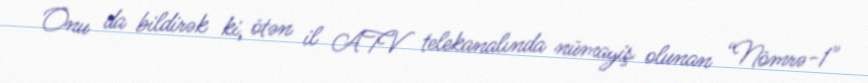
Onu da bildirək ki, ötən il ATV telekanalında nümayiş olunan “Nömrə-1"